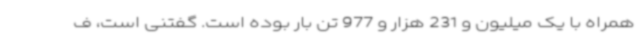
همراه با یک میلیون و 231 هزار و 977 تن بار بوده است. گفتنی است، ف